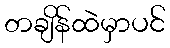
တချိန်ထဲမှာပင်